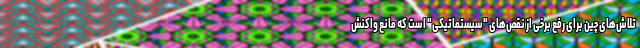
تلاش‌های چین برای رفع برخی از نقص‌های "سیستماتیکی" است که مانع واکنش